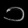
Digit: ၁